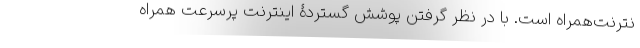
نترنت‌همراه است. با در نظر گرفتن پوشش گستردۀ اینترنت پرسرعت ‌همراه